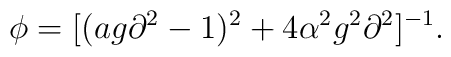
\phi=[(ag\partial^2-1)^2+4\alpha^2g^2\partial^2]^{-1}.